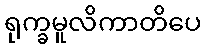
ရုက္ခမူလိကာတိပေ